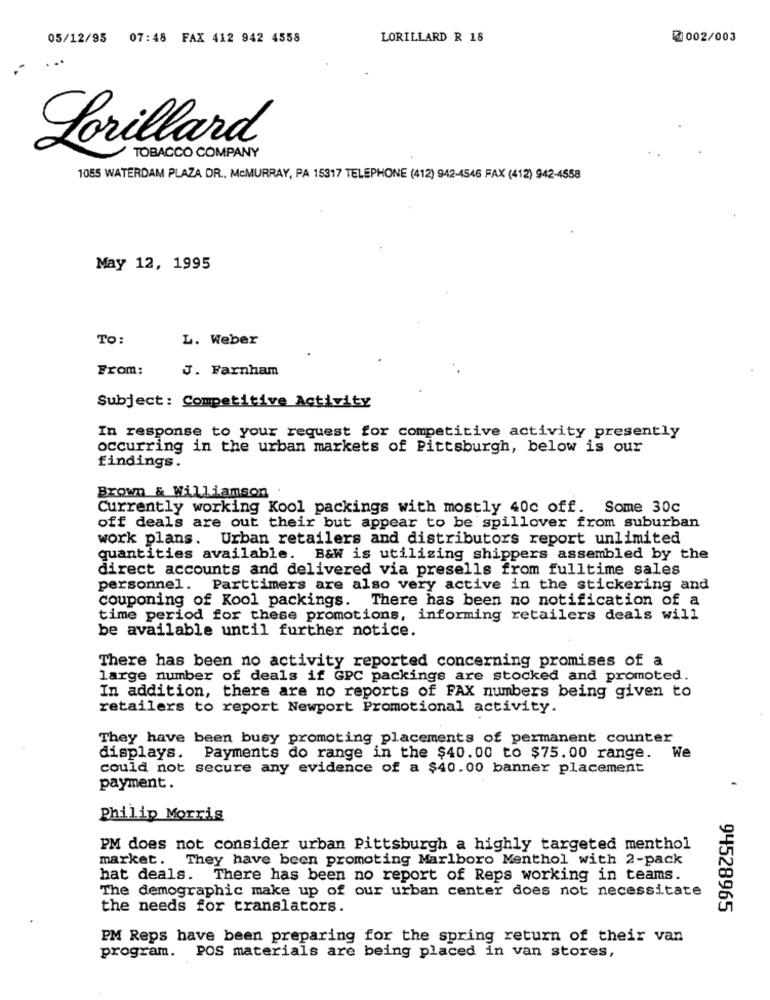
05/12/95
07:48 FAX 412 942 4558
LORILLARD R 18
2002/003
Lorillard
TOBACCO COMPANY
1055 WATERDAM PLAZA DR ., McMURRAY, PA 15317 TELEPHONE (412) 942-4546 FAX (412) 942-4558
May 12, 1995
TO:
L. Weber
From:
J. Farnham
Subject: Competitive Activity
In response to your request for competitive activity presently
occurring in the urban markets of Pittsburgh, below is our
findings.
Brown & Williamson
Currently working Kool packings with mostly 40c off. Some 30c
off deals are out their but appear to be spillover from suburban
work plans. Urban retailers and distributors report unlimited
quantities available.
B&W is utilizing shippers assembled by the
direct accounts and delivered via presells from fulltime sales
personnel. Parttimers are also very active in the stickering and
couponing of Kool packings. There has been no notification of a
time period for these promotions, informing retailers deals will
be available until further notice.
There has been no activity reported concerning promises of a
large number of deals if GPC packings are stocked and promoted.
In addition, there are no reports of FAX numbers being given to
retailers to report Newport Promotional activity.
They have been busy promoting placements of permanent counter
displays. Payments do range in the $40.00 to $75.00 range. We
could not secure any evidence of a $40.00 banner placement
payment.
Philip Morris
PM does not consider urban Pittsburgh a highly targeted menthol
market. They have been promoting Marlboro Menthol with 2-pack
hat deals. There has been no report of Reps working in teams.
The demographic make up of our urban center does not necessitate
the needs for translators.
94528965
PM Reps have been preparing for the spring return of their van
program. POS materials are being placed in van stores,